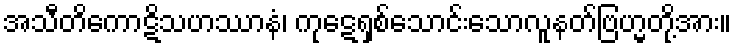
အသီတိကောဋိသဟဿာနံ၊ ကုဋေရှစ်သောင်းသောလူနတ်ဗြဟ္မတို့အား။